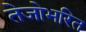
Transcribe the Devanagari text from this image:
तेजोभरित